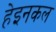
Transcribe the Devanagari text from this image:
हेइनकल